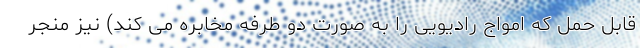
قابل حمل که امواج رادیویی را به صورت دو طرفه مخابره می کند) نیز منجر